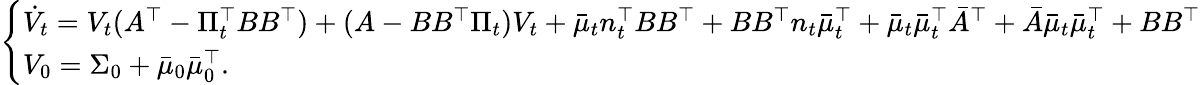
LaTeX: \begin{array}{r}{\left\{ \begin{array}{ll}{\dot{V}_{t}=V_{t}(A^{\top}-\Pi_{t}^{\top}BB^{\top})+(A-BB^{\top}\Pi_{t})V_{t}+\bar{\mu}_{t}n_{t}^{\top}BB^{\top}+BB^{\top}n_{t}\bar{\mu}_{t}^{\top}+\bar{\mu}_{t}\bar{\mu}_{t}^{\top}\bar{A}^{\top}+\bar{A}\bar{\mu}_{t}\bar{\mu}_{t}^{\top}+BB^{\top}}\\ {V_{0}=\Sigma_{0}+\bar{\mu}_{0}\bar{\mu}_{0}^{\top}.}\end{array}\right.}\end{array}